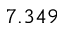
7 . 3 4 9